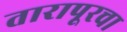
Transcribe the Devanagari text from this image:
तारापूरचा